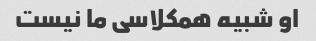
او شبیه همکلاسی ما نیست